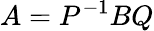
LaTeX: A=P^{-1}BQ